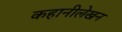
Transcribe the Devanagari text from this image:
कहानीलेखन